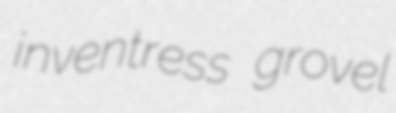
inventress grovel